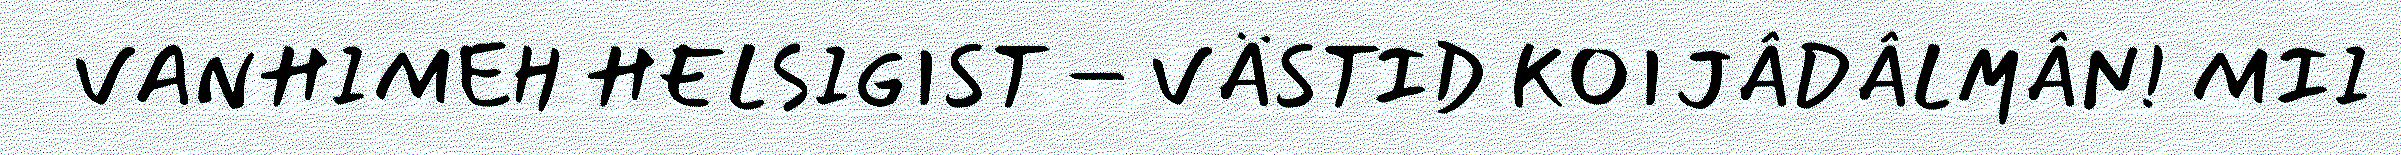
VANHIMEH HELSIGIST – VÄSTID KOIJÂDÂLMÂN! MII